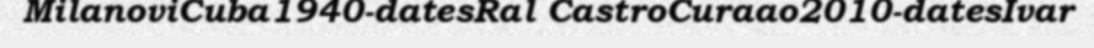
MilanoviCuba1940-datesRal CastroCuraao2010-datesIvar